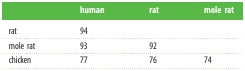
|  | human | rat | mole rat |
 | --- | --- | --- | --- |
 | rat | 94 |  |  |
 | mole rat | 93 | 92 |  |
 | chicken | 77 | 76 | 74 |